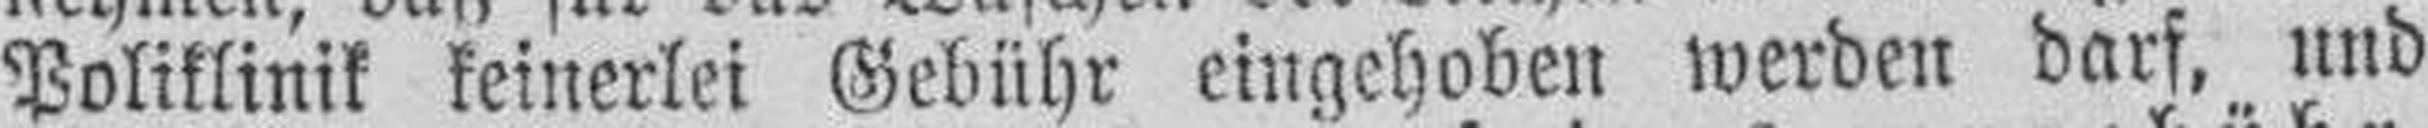
Poliklinik keinerlei Gebühr eingehoben werden darf, und